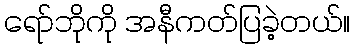
ရော်ဘိုကို အနီကတ်ပြခဲ့တယ်။